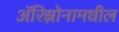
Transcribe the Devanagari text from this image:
ॲरिझोनामधील